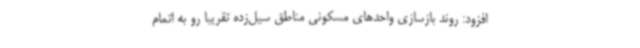
افزود: روند بازسازی واحدهای مسکونی مناطق سیل‌زده تقریبا رو به اتمام